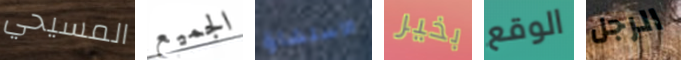
المسيحي الجميع الاستشارة بخير الوقع الرجل